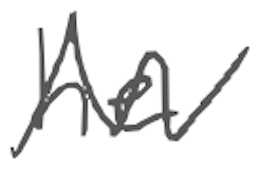
Text: he
Cross-out: zig-zag
Writing tool: digital_gray